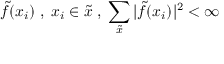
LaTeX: \tilde { f } ( x _ { i } ) \; , \; x _ { i } \in \tilde { x } \; , \; \sum _ { \tilde { x } } | \tilde { f } ( x _ { i } ) | ^ { 2 } < \infty